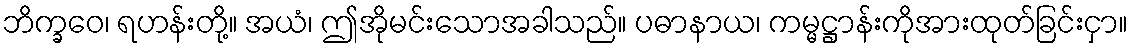
ဘိက္ခဝေ၊ ရဟန်းတို့။ အယံ၊ ဤအိုမင်းသောအခါသည်။ ပဓာနာယ၊ ကမ္မဋ္ဌာန်းကိုအားထုတ်ခြင်းငှာ။